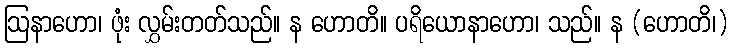
ဩနာဟော၊ ဖုံး လွှမ်းတတ်သည်။ န ဟောတိ။ ပရိယောနာဟော၊ သည်။ န (ဟောတိ၊)